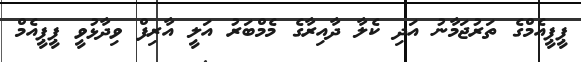
ޕީޕީއެމްގެ ތަރުޖަމާނު އަދި ކެލާ ދާއިރާގެ މެމްބަރު އަލީ އާރިފް ވިދާޅުވީ ޕީޕީއެމް